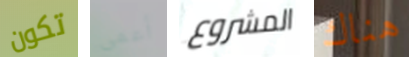
تكون أعمى المشروع هناك